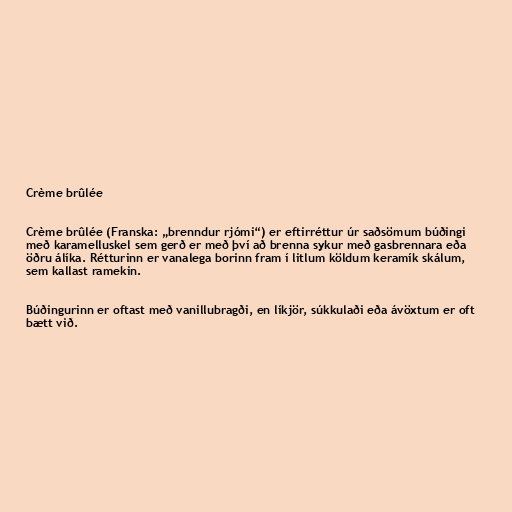
Crème brûlée

Crème brûlée (Franska: „brenndur rjómi“) er eftirréttur úr saðsömum búðingi
með karamelluskel sem gerð er með því að brenna sykur með gasbrennara eða
öðru álíka. Rétturinn er vanalega borinn fram í litlum köldum keramík skálum,
sem kallast ramekin.

Búðingurinn er oftast með vanillubragði, en líkjör, súkkulaði eða ávöxtum er oft
bætt við.